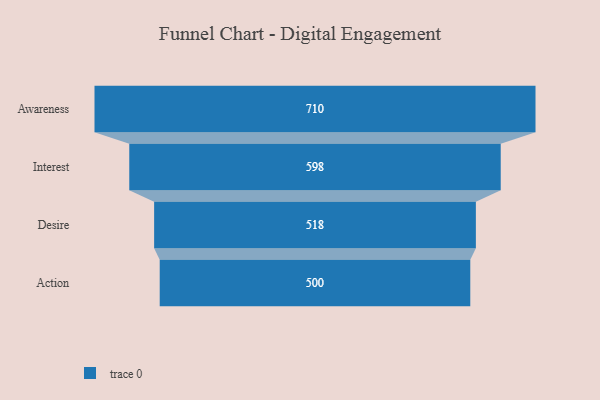
{"axis": {"x": "Stage", "y": "Value"}, "legend": [""], "data": [{"x": "Awareness", "y": 710.0, "type": ""}, {"x": "Interest", "y": 598.0, "type": ""}, {"x": "Desire", "y": 518.0, "type": ""}, {"x": "Action", "y": 500, "type": ""}]}